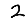
Digit: 2